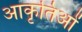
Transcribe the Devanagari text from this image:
आकृतिओं